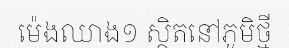
ម៉េងឈាង១ ស្ថិតនៅភូមិថ្មី